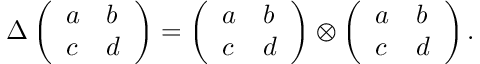
\Delta \left( \begin{array} { l l } { { a } } & { { b } } \\ { { c } } & { { d } } \end{array} \right) = \left( \begin{array} { l l } { { a } } & { { b } } \\ { { c } } & { { d } } \end{array} \right) \otimes \left( \begin{array} { l l } { { a } } & { { b } } \\ { { c } } & { { d } } \end{array} \right) .